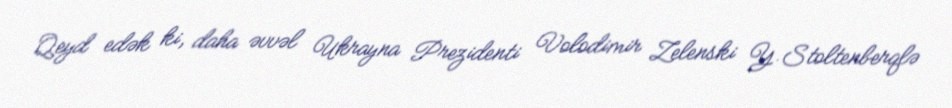
Qeyd edək ki, daha əvvəl Ukrayna Prezidenti Volodimir Zelenski Y.Stoltenberqlə